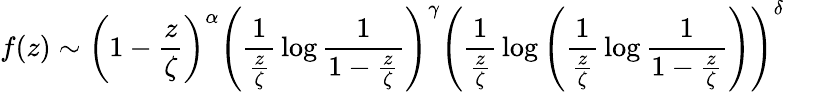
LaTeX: f(z)\sim\left(1-{\frac{z}{\zeta}}\right)^{\alpha}\left({\frac{1}{\frac{z}{\zeta}}}\log{\frac{1}{1-{\frac{z}{\zeta}}}}\right)^{\gamma}\left({\frac{1}{\frac{z}{\zeta}}}\log\left({\frac{1}{\frac{z}{\zeta}}}\log{\frac{1}{1-{\frac{z}{\zeta}}}}\right)\right)^{\delta}\quad